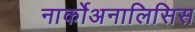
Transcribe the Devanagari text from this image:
नार्कोअनालिसिस